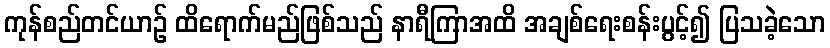
ကုန်စည်တင်ယာဉ် ထိရောက်မည်ဖြစ်သည် နာရီကြာအထိ အချစ်ရေးစန်းပွင့်၍ ပြသခဲ့သော